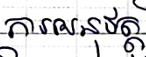
ការអនុវត្ត